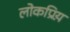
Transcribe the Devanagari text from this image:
लोकप्रिय़